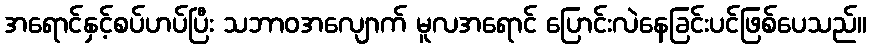
အရောင်နှင့်စပ်ဟပ်ပြီး သဘာဝအလျောက် မူလအရောင် ပြောင်းလဲနေခြင်းပင်ဖြစ်ပေသည်။